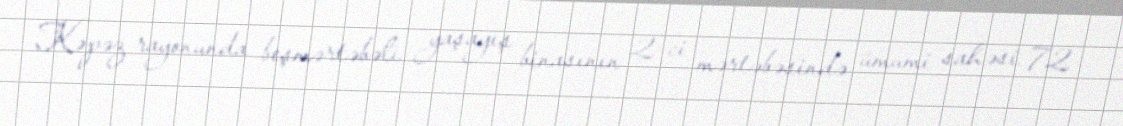
Kəpəz rayonunda beşmərtəbəli yaşayış binasının 2-ci mərtəbəsində ümumi sahəsi 72